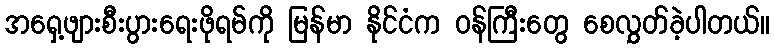
အရှေ့ဖျားစီးပွားရေးဖိုရမ်ကို မြန်မာ နိုင်ငံက ဝန်ကြီးတွေ စေလွှတ်ခဲ့ပါတယ်။